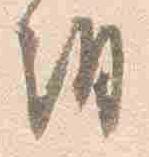
朝